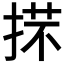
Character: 𢯒